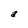
Character: a